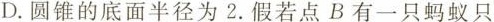
D. 圆锥的底面半径为2.假若点B有一只蚂蚁只